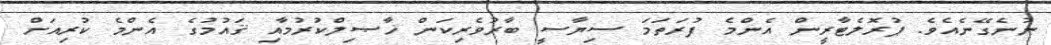
ނުނެގޭނެއެވެ. ޕުރޮލެޓާރީން އެންމެ ފުރަތަމަ ސިޔާސީ ބާރުވެރިކަން ޚާޞިލްކުރުމާއި ޤައުމުގެ އެންމެ ކުރިއަށް